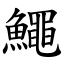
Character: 鱦